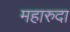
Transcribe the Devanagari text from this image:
महारुदा